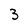
Character: 3